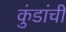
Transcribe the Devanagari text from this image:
कुंडांची